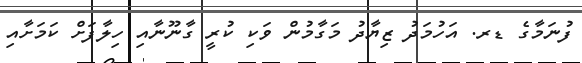
ފުނަމާގެ ޑރ. އަހުމަދު ޒިޔާދު މަގާމުން ވަކި ކުރީ ގާނޫނާއި ހިލާފަށް ކަމަށާއި